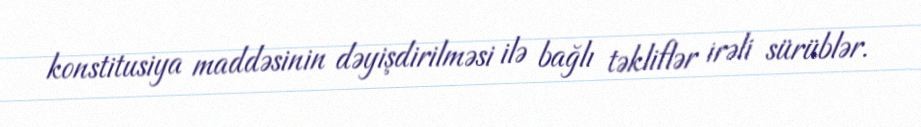
konstitusiya maddəsinin dəyişdirilməsi ilə bağlı təkliflər irəli sürüblər.